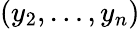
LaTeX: (y_{2},\dots,y_{n})